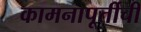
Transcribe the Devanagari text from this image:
कामनापूर्तीची